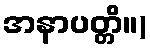
အနာပတ္တိ။)